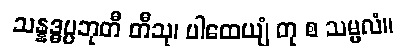
သန္နဒ္ဓပ္ပဘုတီ တီသု၊ ပါထေယျံ တု စ သမ္ဗလံ။